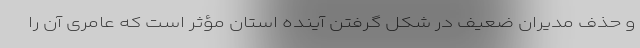
و حذف مدیران ضعیف در شکل گرفتن آینده استان مؤثر است که عامری آن را